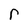
Character: r